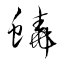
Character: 蟯